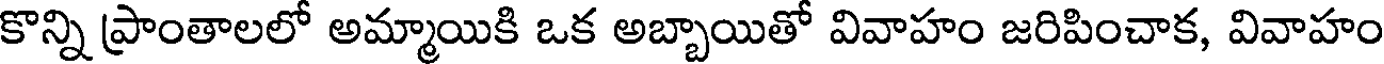
కొన్ని ప్రాంతాలలో అమ్మాయికి ఒక అబ్బాయితో వివాహం జరిపించాక, వివాహం